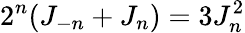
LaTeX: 2^{n}(J_{-n}+J_{n})=3J_{n}^{2}